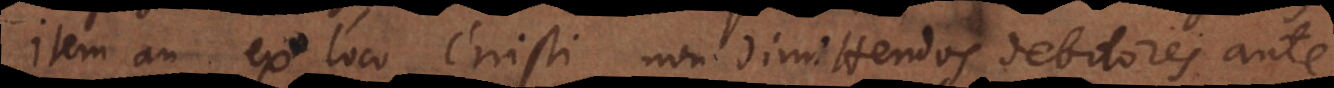
Item an ex loco Christi, non dimittendos debitores ante